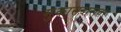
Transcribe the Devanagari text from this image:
मुकासदारावर